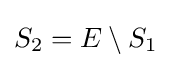
S_{2}=E\setminus S_{1}